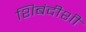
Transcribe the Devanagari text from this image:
शिबंदीशी